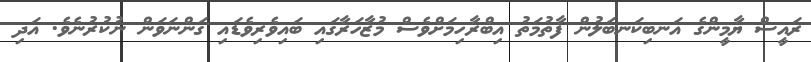
ރައީސް ޔާމީންގެ އަނބިކަނބަލުން ފާތުމަތު އިބްރާހިމަށްވެސް މުޒާހަރާގައި ބައިވެރިވެޑައި ގަންނަވަން ނުކުރުނެވެ. އަދި